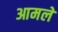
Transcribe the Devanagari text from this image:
आमले